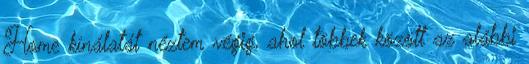
Home kínálatát néztem végig, ahol többek között az alábbi